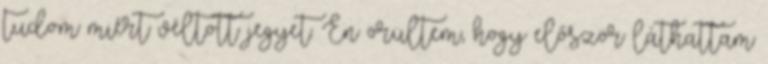
tudom miért véltott jegyet. Én örültem, hogy először láthattam